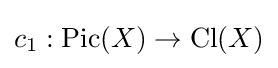
c_{1}:\operatorname {Pic} (X)\to \operatorname {Cl} (X)